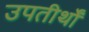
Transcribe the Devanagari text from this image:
उपतीर्थों